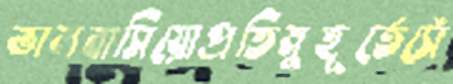
ভালবাসিয়োপ্রতিমুহূর্তেসেঁ